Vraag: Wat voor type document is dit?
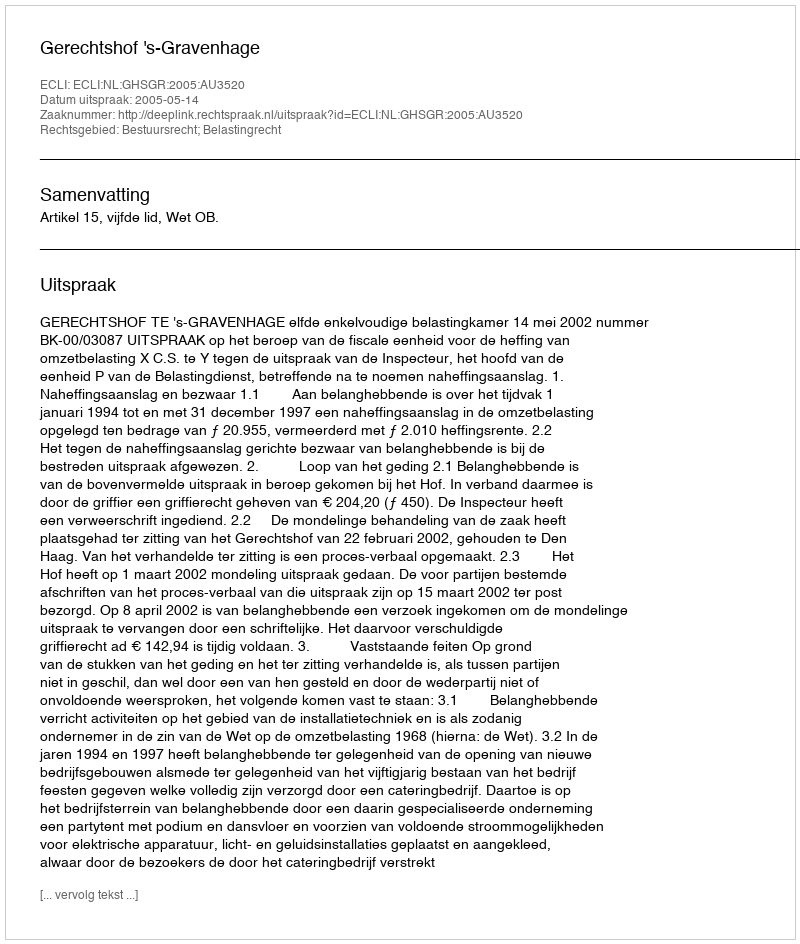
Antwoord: Uitspraak